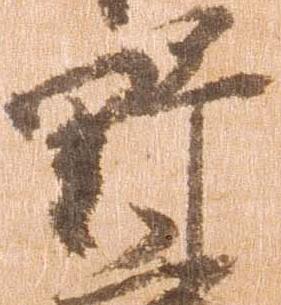
野